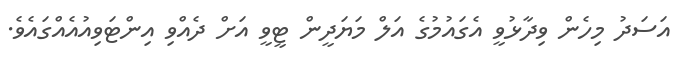
އަސަދު މިހެން ވިދާޅުވީ އެގައުމުގެ އަލް މަޔަދީން ޓީވީ އަށް ދެއްވި އިންޓަވިއުއެއްގައެވެ.